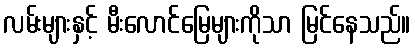
လမ်းများနှင့် မီးလောင်မြေများကိုသာ မြင်နေသည်။